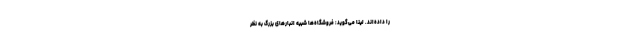
را داده‌اند. لینا می‌گوید: فروشگاه‌ها شبیه انبارهای بزرگ‌ به نظر